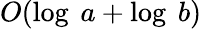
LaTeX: O(\log\ a+\log\ b)